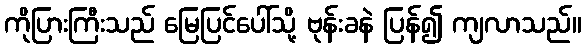
ကိုပြားကြီးသည် မြေပြင်ပေါ်သို့ ဗုန်းခနဲ ပြန်၍ ကျလာသည်။